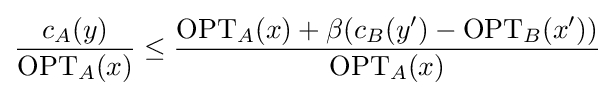
{\frac {c_{A}(y)}{\mathrm {OPT} _{A}(x)}}\leq {\frac {\mathrm {OPT} _{A}(x)+\beta (c_{B}(y')-\mathrm {OPT} _{B}(x'))}{\mathrm {OPT} _{A}(x)}}